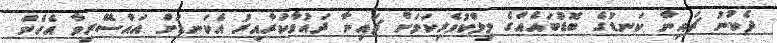
ދެކުނު ޗައިނާ ކަނޑުގެ ބޮޑުބައެއްގެ މިލްކުވެރިކަމަށް ޗައިނާ ދައުވާކުރާއިރު އެކަނޑަށް އައްސޭރިވާ އެހެން